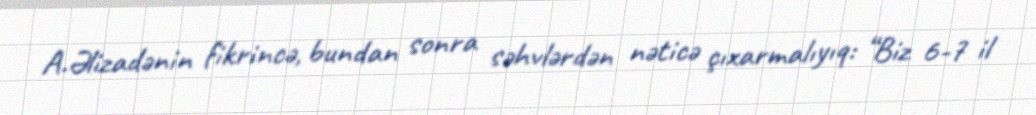
A.Əlizadənin fikrincə, bundan sonra səhvlərdən nəticə çıxarmalıyıq: “Biz 6-7 il